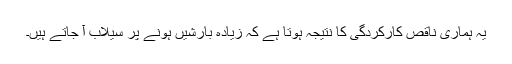
یہ ہماری ناقص کارکردگی کا نتیجہ ہوتا ہے کہ زیادہ بارشیں ہونے پر سیلاب آ جاتے ہیں۔